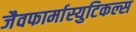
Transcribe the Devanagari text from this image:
जैवफार्मास्युटिकल्स